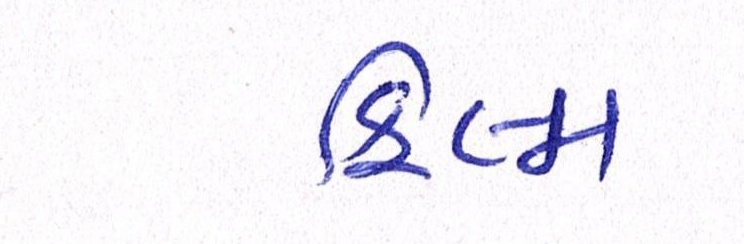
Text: ફિલ્મ